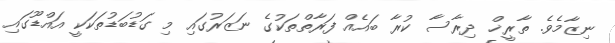
ނިޒާމެވެ. ތާރީޚް ދިރާސާ ކުރާ ބައެއް ފަރާތްތަކުގެ ނަޒަރުގައި މި ގަޑުބަޑުތަކަކީ އައްޑޫގައި